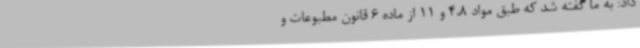
داد: به ما گفته شد که طبق مواد 4،8 و 11 از ماده 6 قانون مطبوعات و